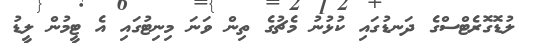
ލުޑޮގޮރެޓްސްގެ ދަނޑުގައި ކުޅުނު މެޗުގެ ތިން ވަނަ މިނިޓުގައި އެ ޓީމުން ލީޑު